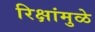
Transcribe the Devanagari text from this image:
रिक्षांमुळे